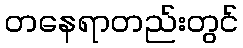
တနေရာတည်းတွင်